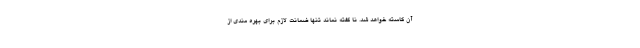
آن کاسته خواهد شد. نا گفته نماند تنها ضمانت لازم برای بهره مندی از